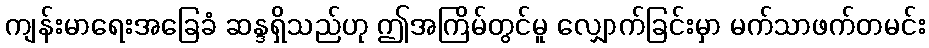
ကျန်းမာရေးအခြေခံ ဆန္ဒရှိသည်ဟု ဤအကြိမ်တွင်မူ လျှောက်ခြင်းမှာ မက်သာဖက်တမင်း